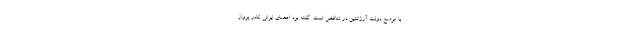
با موضع دولت آرژانتین در تناقض است. گفته بود اعضای ایرانی کادر پرواز